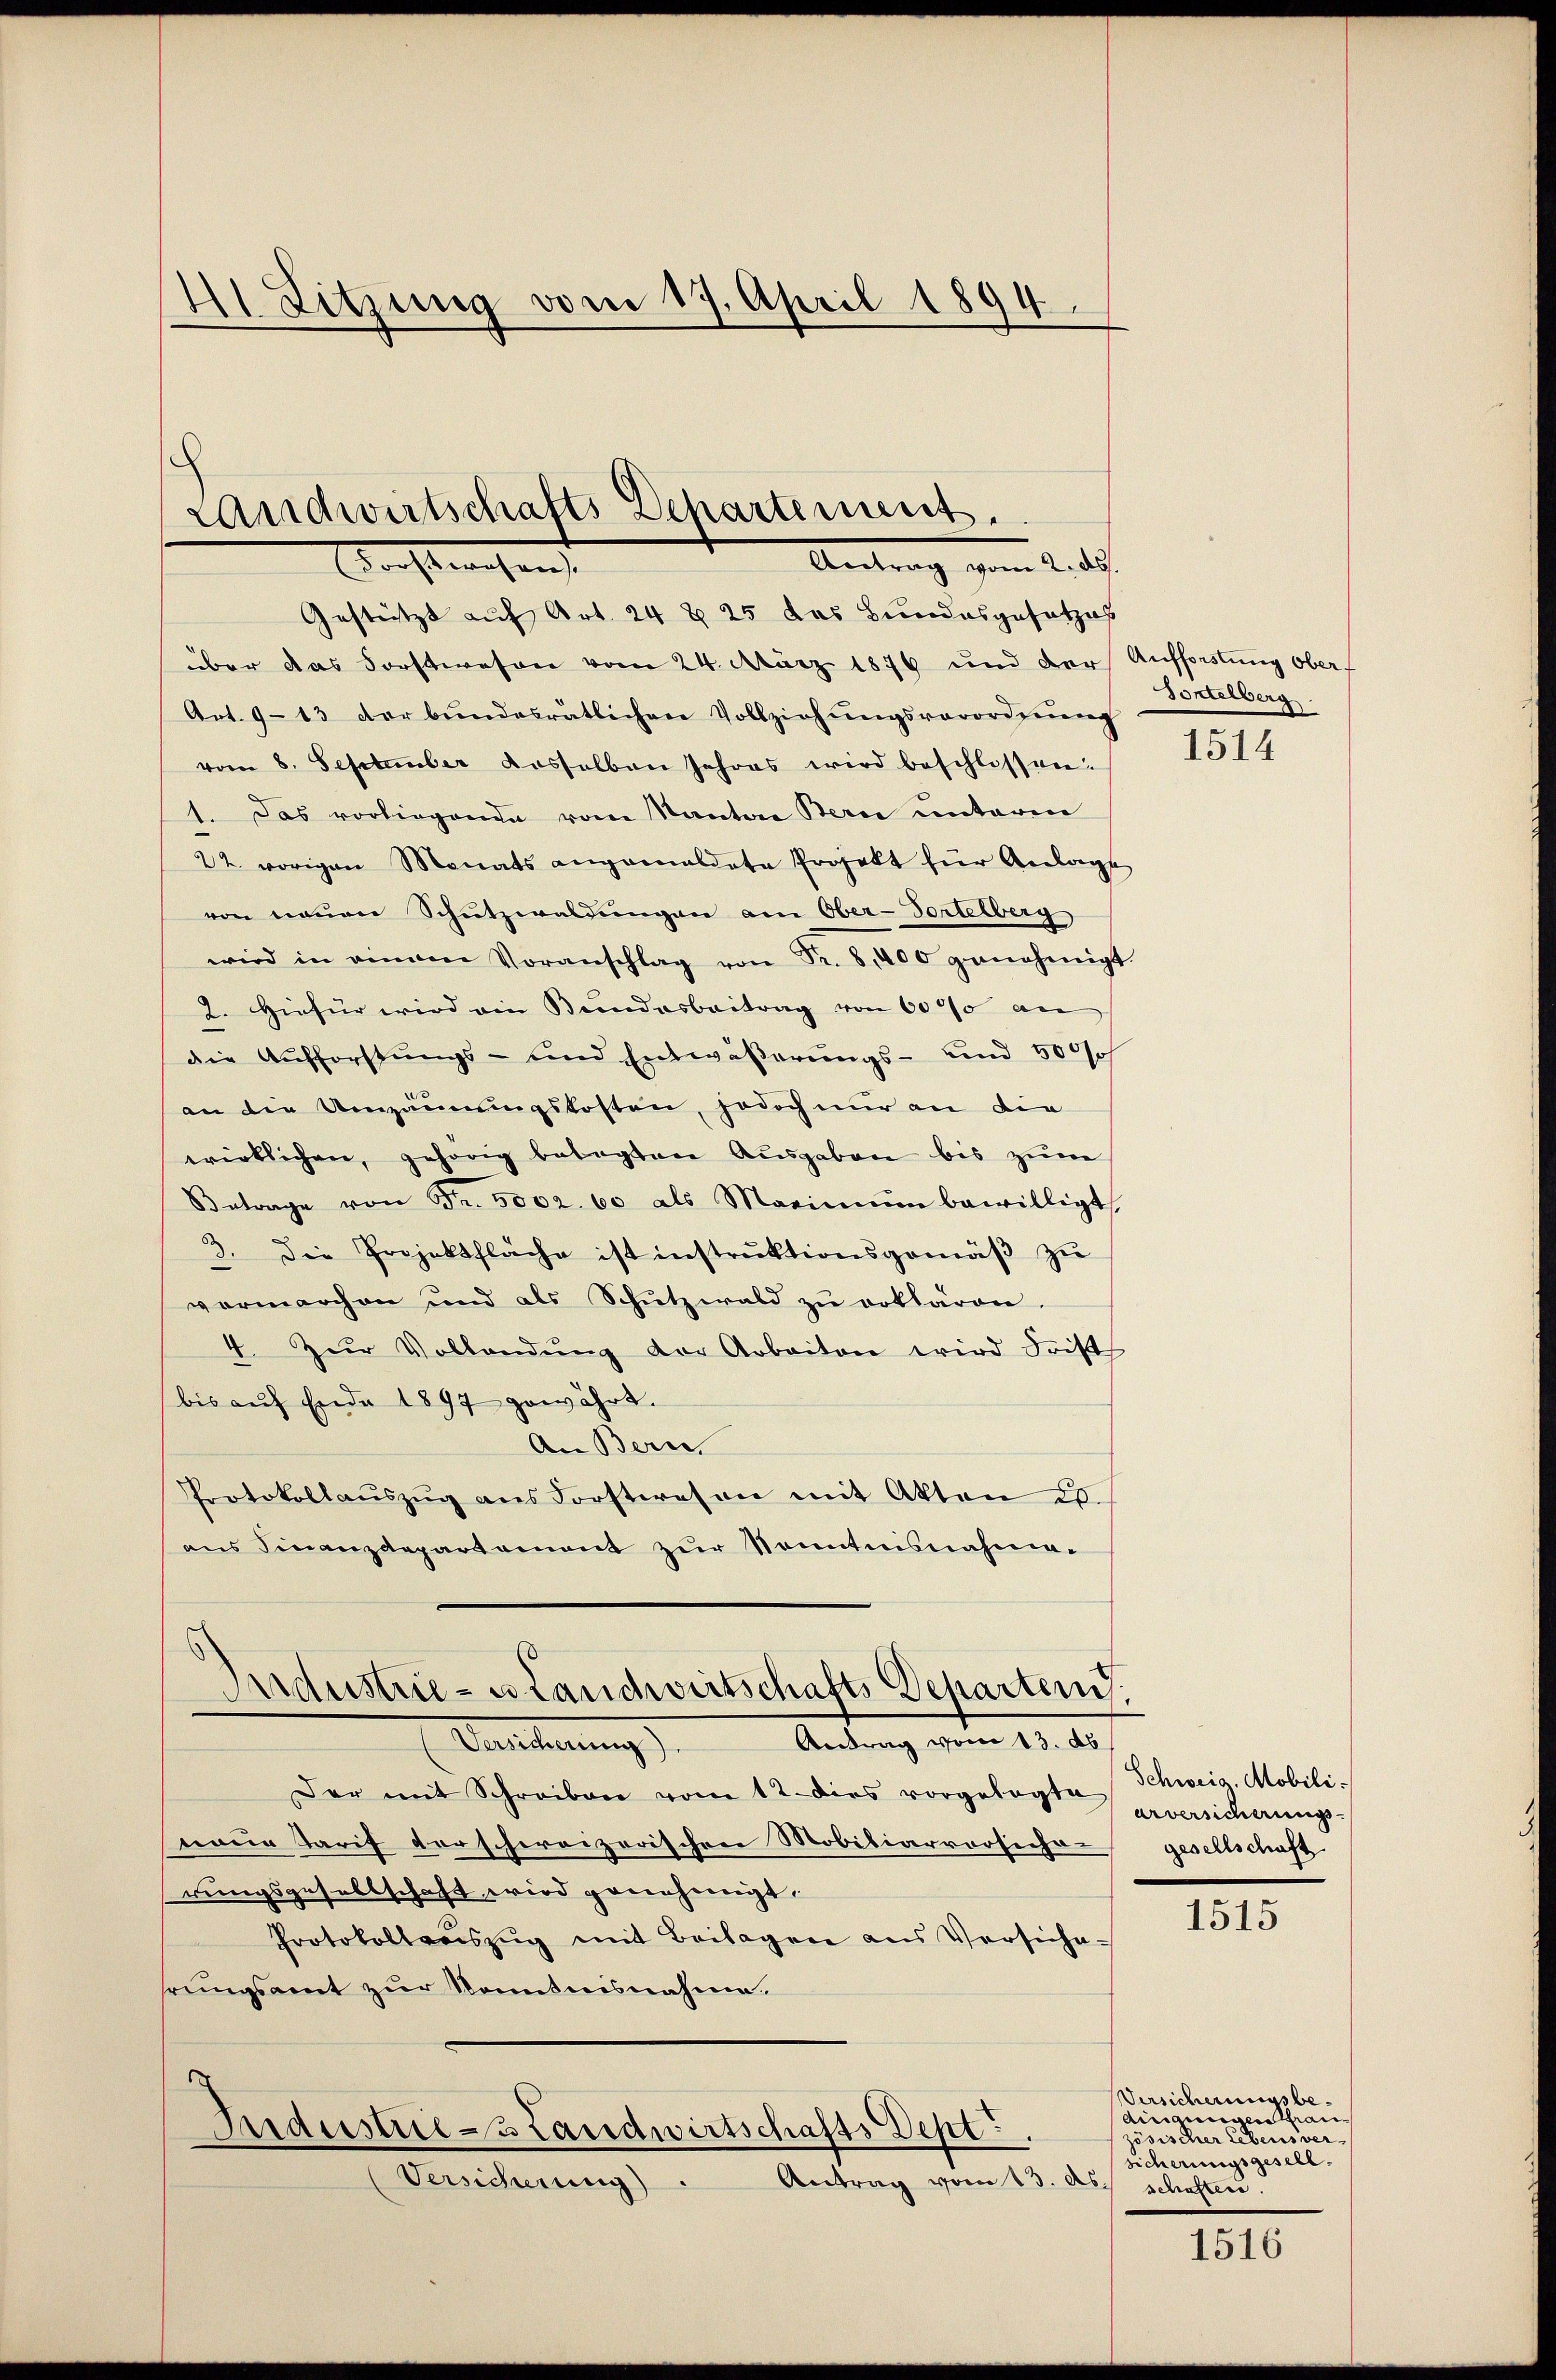
H Sitzung vom 17. April 1894.

Landwirtschafts Departement
Antrag vom 2. ds.
Erachteresent

Gestützt auf Art. 24 § 25 das Bundesgesetzes
über das Forstwesen vom 24. März 1876 und der Aufforstung ober
Art. 9-13 der bundesrätlichen Vollziehŭngsverordnŭng
vom 8. September dasselben Jahres wird beschlossen:
). Das vorliegende vom Kanton Bern unterm
22. vorigen Monats angemeldete Projekt für Anlage
von neuen Schutzwaldungen am Ober-Tortelberg
wird in einem Voranschlag von Fr. 8, 200 genehmigt.
2. Hiefür wird ein Bundesbeitrag von 60% an
die Aufforstŭngs- und Entwäβerŭngs- und 500 s
an die Umzäunungskosten, jedoch nur an die
wirklichen, gehörig betagten Aŭsgaben bis zŭm
Betrage von Fr. 5002. 60 als Marinium bewilligt
3. Die Projektfläche ist instrŭktionsgemäβ zŭ
.
vermarchen und als Schŭtzwald zŭ erklären.
4. Zŭr Vollendŭng der Arbeiten wird Frist
bis auf Ende 1897 gewährt.
An Bern
Protokollaŭszŭg ans Forstwesen mit Akten d.
ans Finanzdepartement zŭr Kenntnisnahme.

Aidustrie- u. Landwirtschafts Departend.

Antrag vom 13. d
Versicherung)
Der mit Schreiben vom 12. dies vorgelegte
naue Tarif vorschereizerischen Mobiliarversiche-
rungsgesellschaft wird genehmigt.
Protokollsauszug mit Beilagen aus Versiche-
hrungsamt zur Kenntnisnahme.
Industrie 3 Landwirtschafts-Dept
Antrag vom 13. As¬
Versicherung).

Dontelberg

1514

Schweid Mobili
arversicherungs-
gesellschaft

1515

Versicherungsbe¬
Aingungen sian
zösischer Lebensversicherungsgesell
schaften.

1516